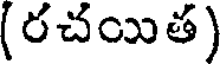
(రచయిత)